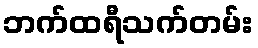
ဘက်ထရီသက်တမ်း